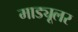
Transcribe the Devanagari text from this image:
माड्यूलर